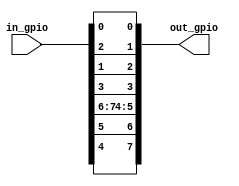
`timescale 1ns / 1ps
//////////////////////////////////////////////////////////////////////////////////
// Company: 
// Engineer: 
// 
// Design Name: 
// Module Name: joystick_remapper
// Project Name: 
// Target Devices: 
// Tool Versions: 
// Description: 
// 
// Dependencies: 
// 
// Revision:
// Revision 0.01 - File Created
// Additional Comments:
// 
//////////////////////////////////////////////////////////////////////////////////


module joystick_remapper(
    input wire [7:0] in_gpio,
    output wire [7:0] out_gpio
    );
    
    // input
    // 0: A, 1: SELECT, 2: B, 3: START, 4: DX, 5: SX, 6: UP, 7: DOWN

    // output
    // 0: A, 1: B, 2: Select, 3: Start, 4: Down, 5: Up, 6: Right, 7: Left
    
    assign out_gpio[0] = in_gpio[0];
    assign out_gpio[1] = in_gpio[2];
    assign out_gpio[2] = in_gpio[1];
    assign out_gpio[3] = in_gpio[3];
    assign out_gpio[4] = in_gpio[6];
    assign out_gpio[5] = in_gpio[7];
    assign out_gpio[6] = in_gpio[5];
    assign out_gpio[7] = in_gpio[4];
        
endmodule